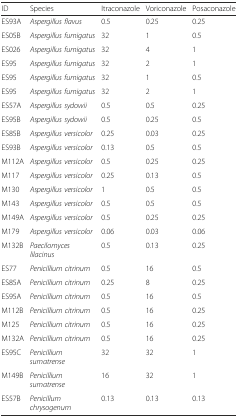
<table><thead><tr><td><b>ID</b></td><td><b>Species</b></td><td><b>Itraconazole</b></td><td><b>Voriconazole</b></td><td><b>Posaconazole</b></td></tr></thead><tbody><tr><td>ES93A</td><td><i>Aspergillus flavus</i></td><td>0.5</td><td>0.25</td><td>0.25</td></tr><tr><td>ES05B</td><td><i>Aspergillus fumigatus</i></td><td>32</td><td>1</td><td>0.5</td></tr><tr><td>ES026</td><td><i>Aspergillus fumigatus</i></td><td>32</td><td>4</td><td>1</td></tr><tr><td>ES95</td><td><i>Aspergillus fumigatus</i></td><td>32</td><td>2</td><td>1</td></tr><tr><td>ES95</td><td><i>Aspergillus fumigatus</i></td><td>32</td><td>1</td><td>0.5</td></tr><tr><td>ES95</td><td><i>Aspergillus fumigatus</i></td><td>32</td><td>2</td><td>1</td></tr><tr><td>ES57A</td><td><i>Aspergillus sydowii</i></td><td>0.5</td><td>0.5</td><td>0.25</td></tr><tr><td>ES95B</td><td><i>Aspergillus sydowii</i></td><td>0.5</td><td>0.25</td><td>0.5</td></tr><tr><td>ES85B</td><td><i>Aspergillus versicolor</i></td><td>0.25</td><td>0.03</td><td>0.25</td></tr><tr><td>ES93B</td><td><i>Aspergillus versicolor</i></td><td>0.13</td><td>0.5</td><td>0.5</td></tr><tr><td>M112A</td><td><i>Aspergillus versicolor</i></td><td>0.5</td><td>0.25</td><td>0.25</td></tr><tr><td>M117</td><td><i>Aspergillus versicolor</i></td><td>0.25</td><td>0.13</td><td>0.5</td></tr><tr><td>M130</td><td><i>Aspergillus versicolor</i></td><td>1</td><td>0.5</td><td>0.5</td></tr><tr><td>M143</td><td><i>Aspergillus versicolor</i></td><td>0.5</td><td>0.5</td><td>0.5</td></tr><tr><td>M149A</td><td><i>Aspergillus versicolor</i></td><td>0.5</td><td>0.25</td><td>0.25</td></tr><tr><td>M179</td><td><i>Aspergillus versicolor</i></td><td>0.06</td><td>0.03</td><td>0.06</td></tr><tr><td>M132B</td><td><i>Paecilomyces lilacinus</i></td><td>0.5</td><td>0.13</td><td>0.25</td></tr><tr><td>ES77</td><td><i>Penicillium citrinum</i></td><td>0.5</td><td>16</td><td>0.5</td></tr><tr><td>ES85A</td><td><i>Penicillium citrinum</i></td><td>0.25</td><td>8</td><td>0.25</td></tr><tr><td>ES95A</td><td><i>Penicillium citrinum</i></td><td>0.5</td><td>16</td><td>0.5</td></tr><tr><td>M112B</td><td><i>Penicillium citrinum</i></td><td>0.5</td><td>16</td><td>0.25</td></tr><tr><td>M125</td><td><i>Penicillium citrinum</i></td><td>0.5</td><td>16</td><td>0.25</td></tr><tr><td>M132A</td><td><i>Penicillium citrinum</i></td><td>0.5</td><td>16</td><td>0.25</td></tr><tr><td>ES95C</td><td><i>Penicillium sumatrense</i></td><td>32</td><td>32</td><td>1</td></tr><tr><td>M149B</td><td><i>Penicillium sumatrense</i></td><td>16</td><td>32</td><td>1</td></tr><tr><td>ES57B</td><td><i>Penicillum chrysogenum</i></td><td>0.13</td><td>0.13</td><td>0.13</td></tr></tbody></table>